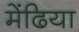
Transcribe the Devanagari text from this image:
मेंढिया